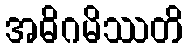
အဓိဂမိဿတိ